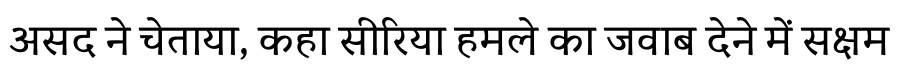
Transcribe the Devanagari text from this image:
असद ने चेताया, कहा सीरिया हमले का जवाब देने में सक्षम